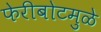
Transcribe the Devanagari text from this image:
फेरीबोटमुळे